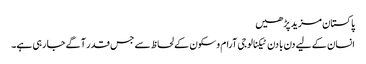
پاکستان مزید پڑھیں
انسان کے لیے دن با دن ٹیکنالوجی آرام وسکون کے لحاظ سے جس قدر آگے جا رہی ہے۔